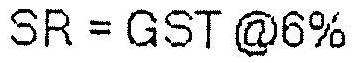
SR = GST @6%